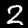
Digit: 2